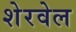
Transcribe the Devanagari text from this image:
शेरवेल